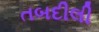
તબદીલી